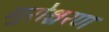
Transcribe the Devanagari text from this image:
गुरोश्चरण